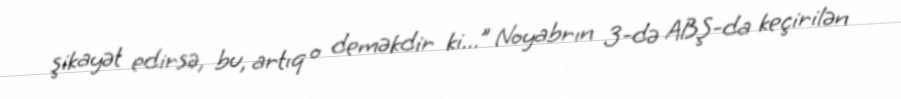
şikayət edirsə, bu, artıq o deməkdir ki...” Noyabrın 3-də ABŞ-da keçirilən